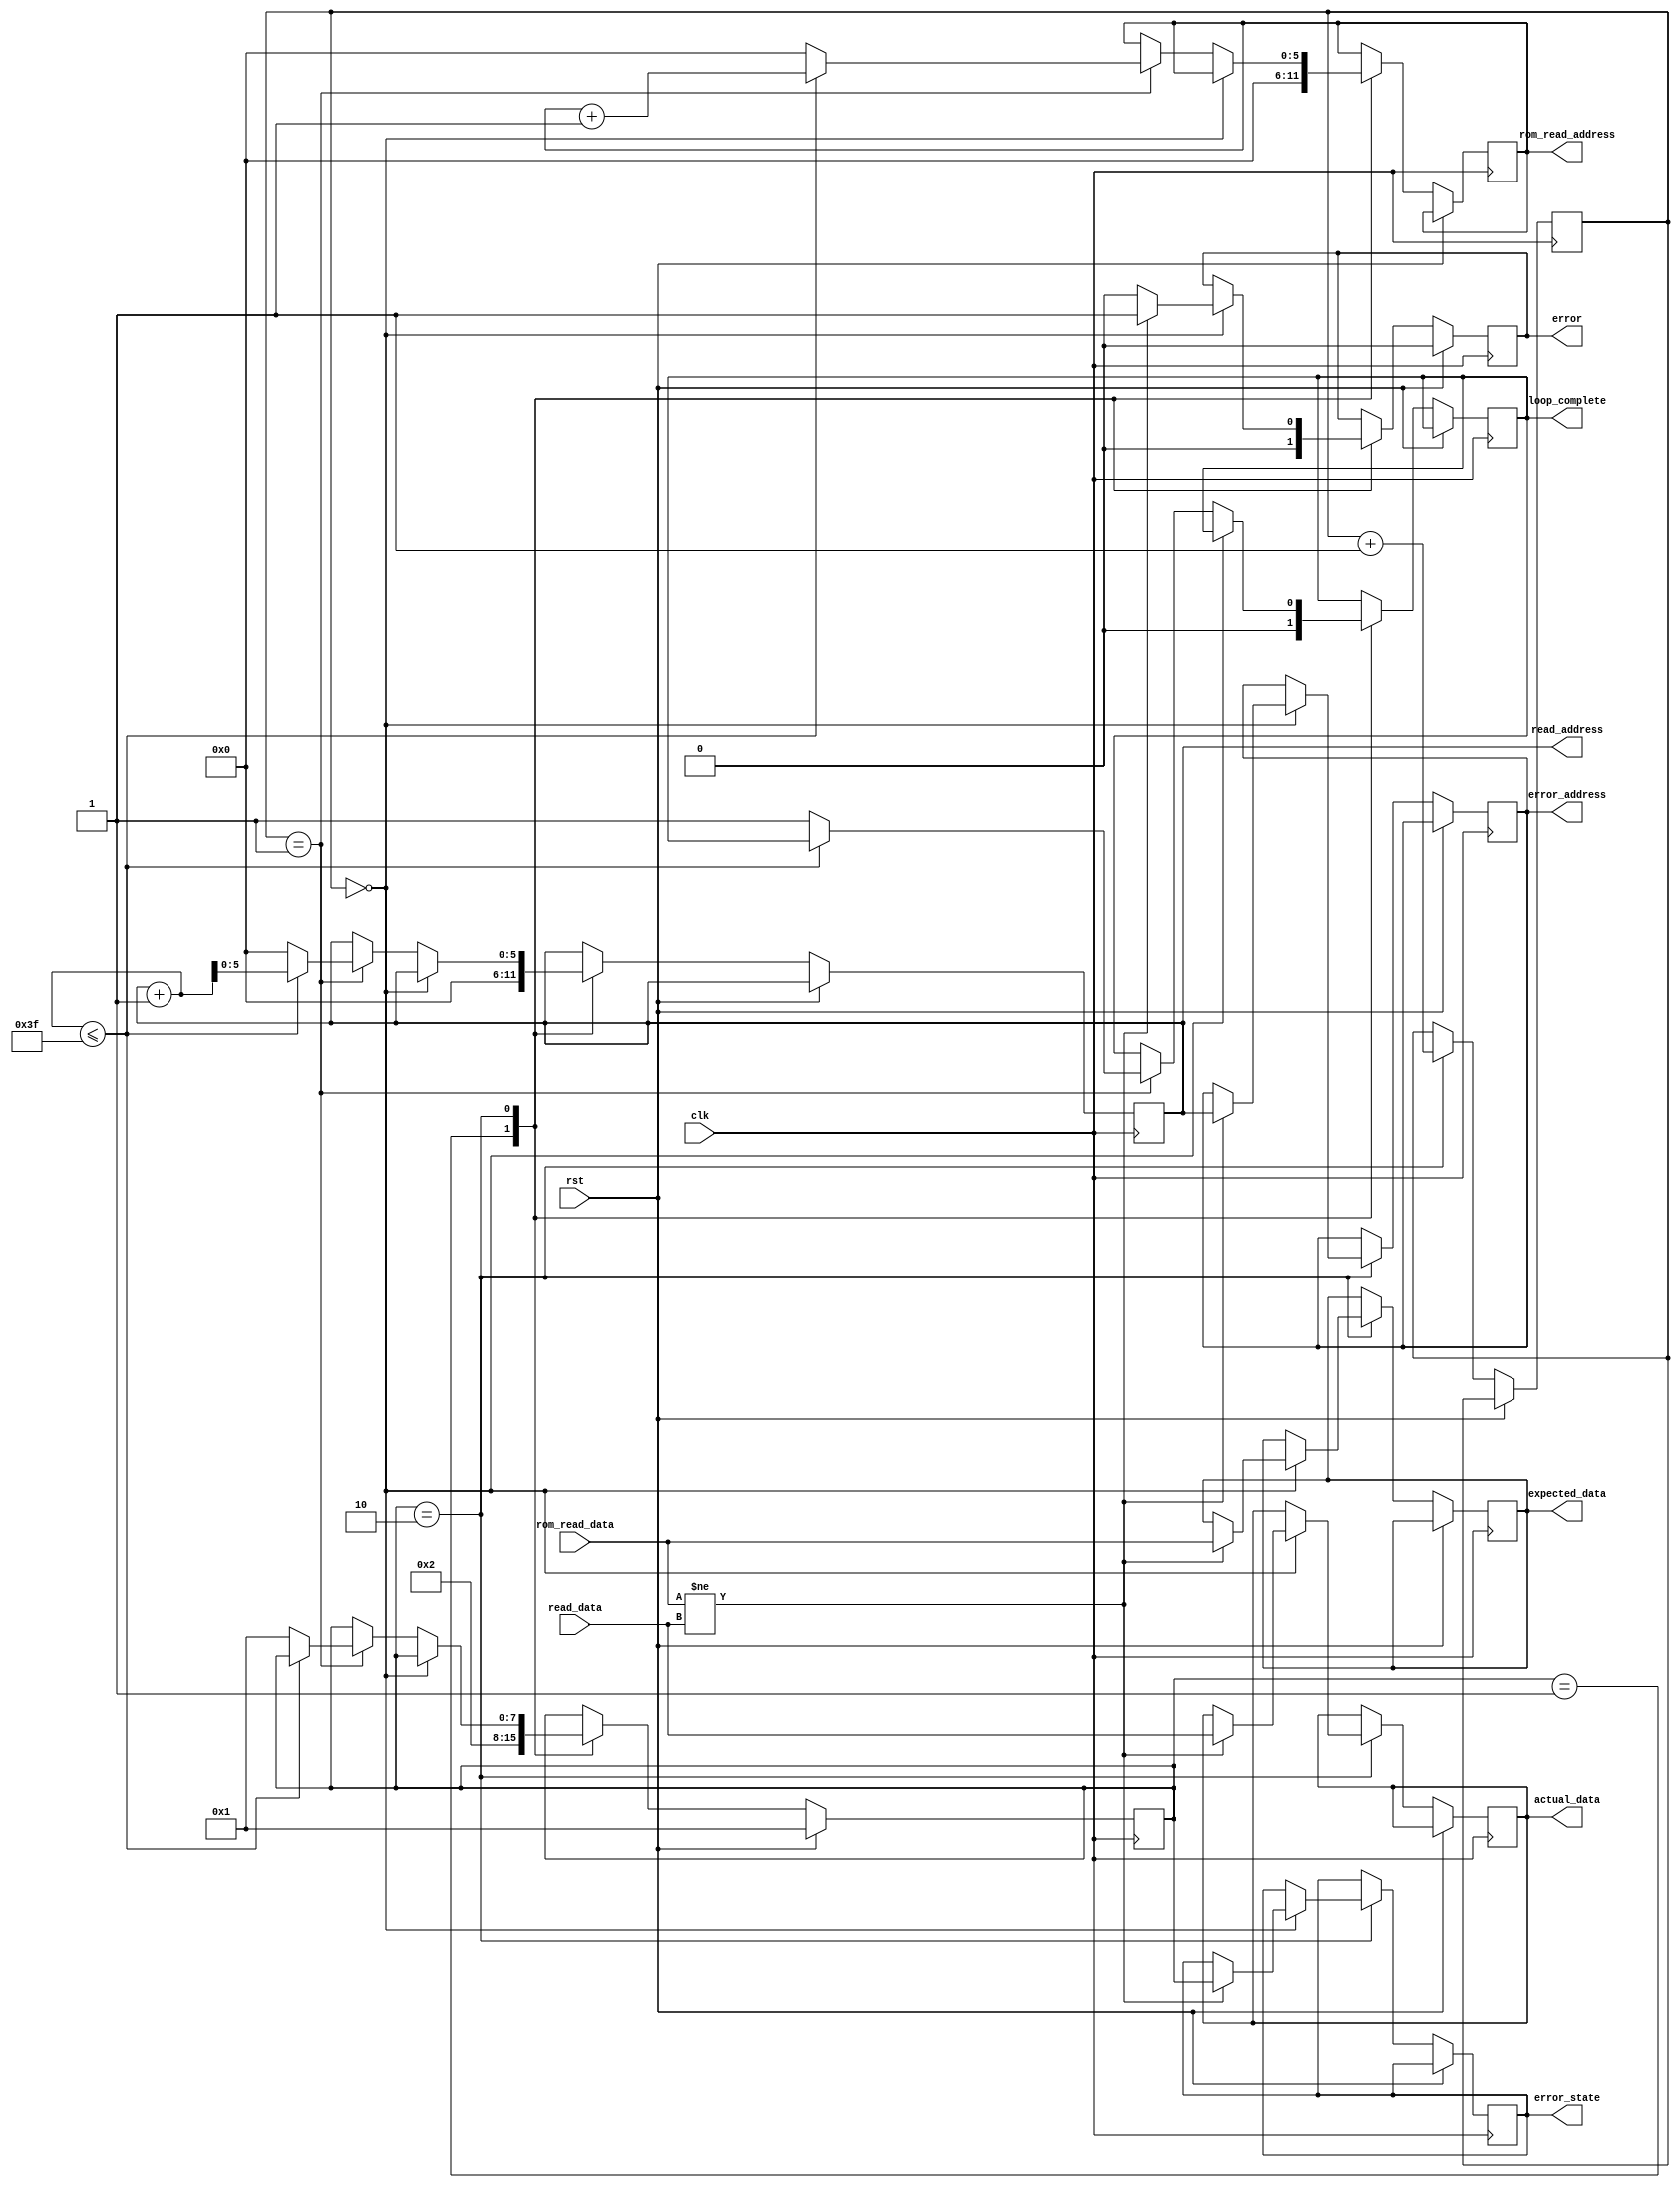
module ROM_TEST #(
    parameter ADDR_WIDTH = 6,
    parameter DATA_WIDTH = 1,
    parameter ADDRESS_STEP = 1,
    parameter MAX_ADDRESS = 63
) (
    input rst,
    input clk,
    input [DATA_WIDTH-1:0] read_data,
    output reg [ADDR_WIDTH-1:0] read_address,
    input [DATA_WIDTH-1:0] rom_read_data,
    output reg [ADDR_WIDTH-1:0] rom_read_address,
    output reg loop_complete,
    output reg error,
    output reg [7:0] error_state,
    output reg [ADDR_WIDTH-1:0] error_address,
    output reg [DATA_WIDTH-1:0] expected_data,
    output reg [DATA_WIDTH-1:0] actual_data
);
    reg [7:0] state;
    reg [DATA_WIDTH-1:0] test_value;
    reg [1:0]            delay = 1'b0;
    localparam START = 8'd1,
        VERIFY_INIT = 8'd2;
    always @(posedge clk) begin
        if(rst) begin
            state <= START;
            error <= 0;
        end else begin
            case(state)
                START: begin
                    loop_complete <= 0;
                    state <= VERIFY_INIT;
                    read_address <= 0;
                    rom_read_address <= 0;
                    error <= 0;
                end
                VERIFY_INIT: begin
                    if(delay == 0) begin
                        if(rom_read_data != read_data) begin
                            error <= 1;
                            error_state <= state;
                            error_address <= read_address;
                            expected_data <= rom_read_data;
                            actual_data <= read_data;
                        end else begin
                            error <= 0;
                        end
                    end
                    else if (delay == 1) begin
                        if(read_address + ADDRESS_STEP <= MAX_ADDRESS) begin
                            read_address <= read_address + ADDRESS_STEP;
                            rom_read_address <= rom_read_address + ADDRESS_STEP;
                        end else begin
                            rom_read_address <= 0;
                            read_address <= 0;
                            loop_complete <= 1;
                            state <= START;
                        end
                    end
                    delay <= delay + 1;
                end
            endcase
        end
    end
endmodule